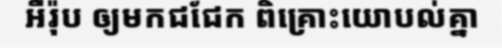
អឺរ៉ុប ឲ្យមកជជែក ពិគ្រោះយោបល់គ្នា